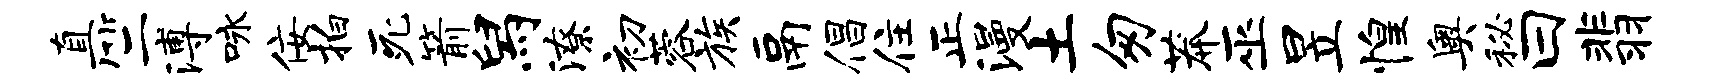
直竺溥咏佞拍死箭舄潦初蓉族鬲倡住正漫土匆莽巫昱惶奥秘曰翡